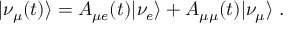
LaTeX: | \nu _ { \mu } ( t ) \rangle = A _ { \mu e } ( t ) | \nu _ { e } \rangle + A _ { \mu \mu } ( t ) | \nu _ { \mu } \rangle ~ .